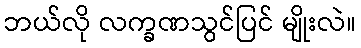
ဘယ်လို လက္ခဏသွင်ပြင် မျိုးလဲ။